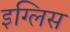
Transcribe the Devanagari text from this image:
इग्लिस